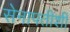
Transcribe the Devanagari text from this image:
सेनापतीशी